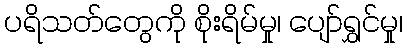
ပရိသတ်တွေကို စိုးရိမ်မှု၊ ပျော်ရွှင်မှု၊